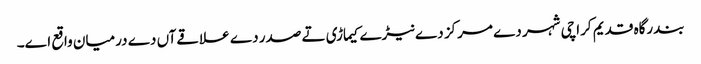
بندرگاہ قدیم کراچی شہر دے مرکز دے نیڑے کیماڑی تے صدر دے علاقےآں دے درمیان واقع ا‏‏ے۔